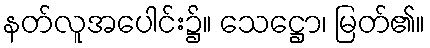
နတ်လူအပေါင်း၌။ သေဋ္ဌော၊ မြတ်၏။